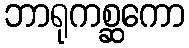
ဘာရုကစ္ဆကော